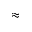
\approx